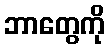
ဘာတွေကို